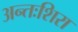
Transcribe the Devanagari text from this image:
अन्तःशिरा